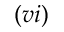
( v i )